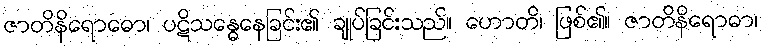
ဇာတိနိရောဓော၊ ပဋိသန္ဓေနေခြင်း၏ ချုပ်ခြင်းသည်။ ဟောတိ၊ ဖြစ်၏။ ဇာတိနိရောဓာ၊